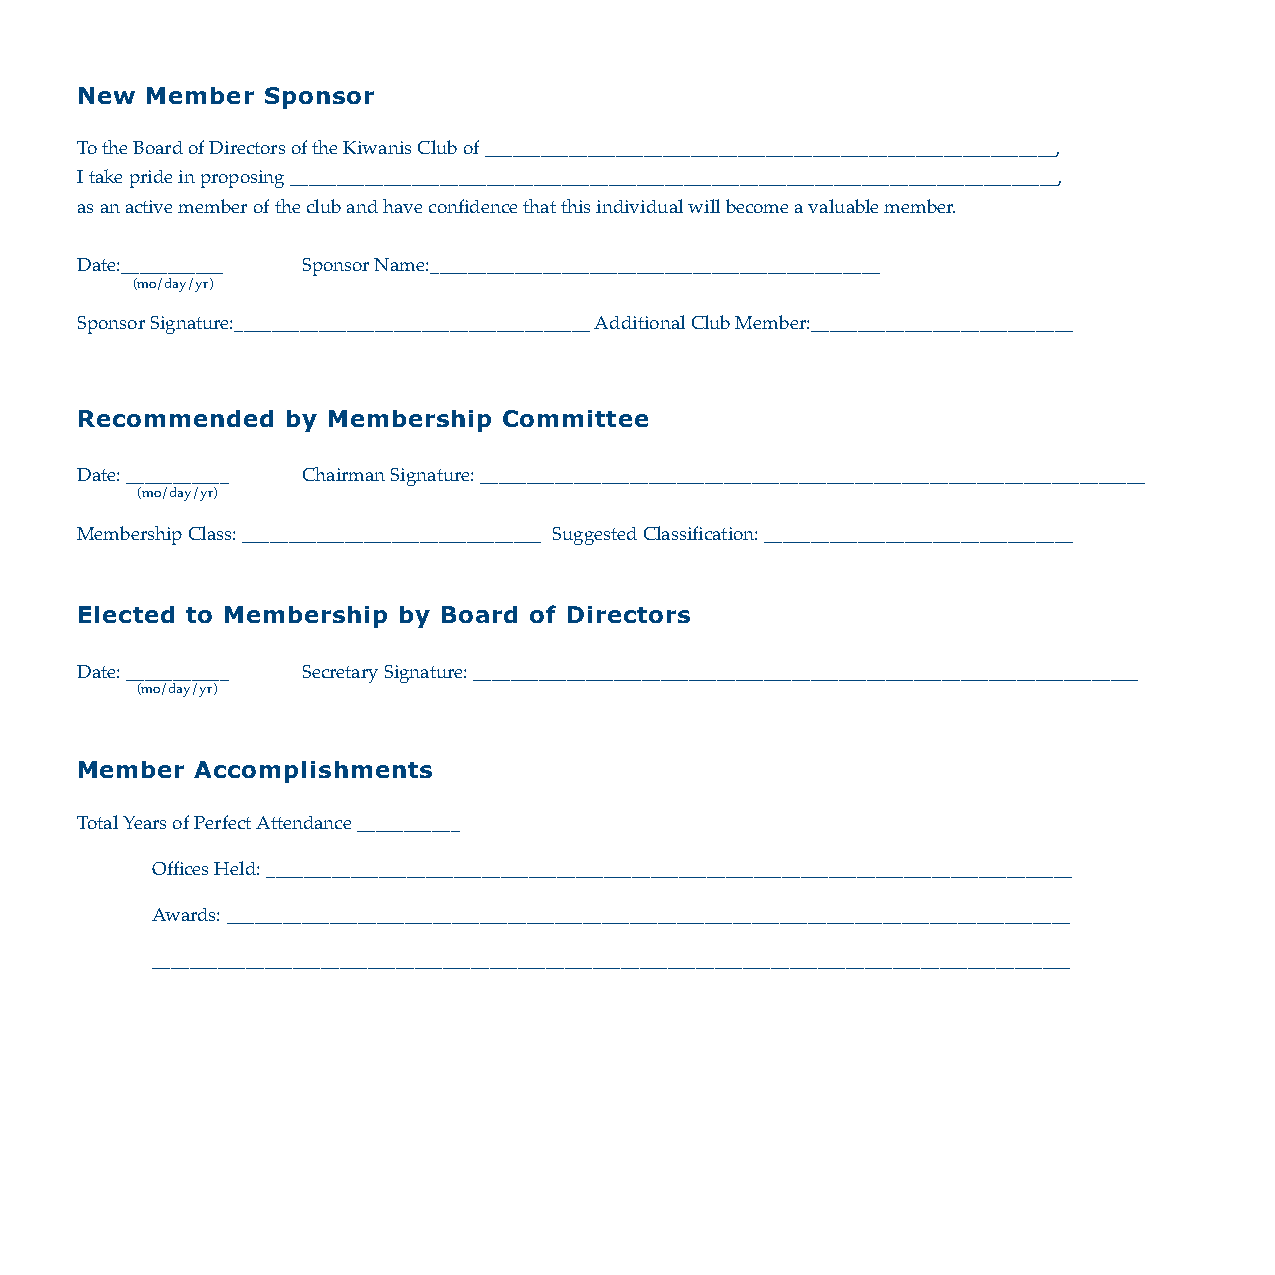
49312_KI Member App 6/14/06 12:43 PM Page 2
 New  Member Sponsor
 To the Board of Directors of the Kiwanis Club of _____________________________________________________________,
 I take pride in proposing __________________________________________________________________________________,
 as an active member of the club and have confidence that this individual will become a valuable member.
 Date:___________ Sponsor Name:________________________________________________
 (mo/day/yr)
 Sponsor Signature:______________________________________ Additional Club Member:____________________________
 Recommended   by Membership Committee
 Date: ___________ Chairman Signature: _______________________________________________________________________
 (mo/day/yr)
 Membership Class: ________________________________ Suggested Classification: _________________________________
 Elected to Membership by Board of Directors
 Date: ___________ Secretary Signature: _______________________________________________________________________
 (mo/day/yr)
 Member  Accomplishments
 Total Years of Perfect Attendance ___________
 Offices Held: ______________________________________________________________________________________
 Awards: __________________________________________________________________________________________
 __________________________________________________________________________________________________